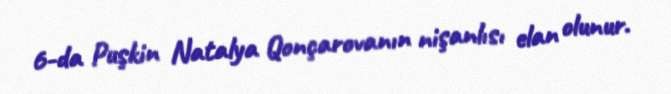
6-da Puşkin Natalya Qonçarovanın nişanlısı elan olunur.